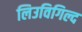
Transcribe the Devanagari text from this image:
लिउविगिल्द